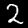
Digit: 2